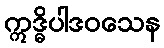
ဣဒ္ဓိပါဒဝသေန